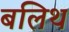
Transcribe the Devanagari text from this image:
बलिथ